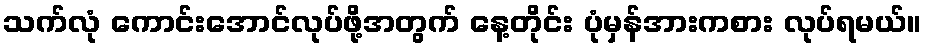
သက်လုံ ကောင်းအောင်လုပ်ဖို့အတွက် နေ့တိုင်း ပုံမှန်အားကစား လုပ်ရမယ်။